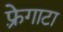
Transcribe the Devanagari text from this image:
फ़्रेगाटा